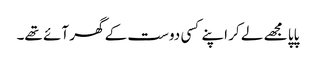
پاپا مجھے لے کر اپنے کسی دوست کے گھر آئے تھے۔